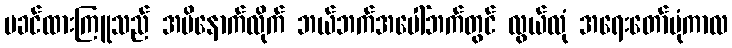
မခင်ထားကြူသည် အမိနောက်လိုက် ဘယ်ဘက်အပေါ်ဘက်တွင် လွယ်လုံ အရေးတော်ပုံကာလ